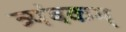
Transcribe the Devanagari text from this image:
त्र्यंबकम्